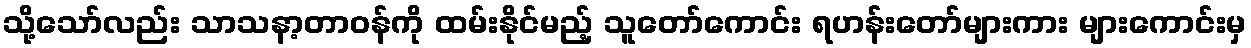
သို့သော်လည်း သာသနာ့တာဝန်ကို ထမ်းနိုင်မည့် သူတော်ကောင်း ရဟန်းတော်များကား များကောင်းမှ